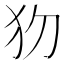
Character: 𤜩